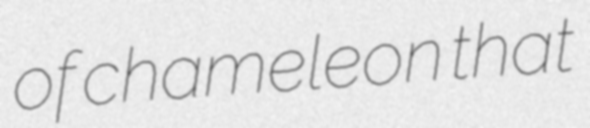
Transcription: of chameleon that